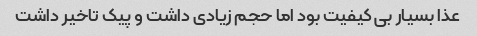
عذا بسیار بی کیفیت بود اما حجم زیادی داشت و پیک تاخیر داشت